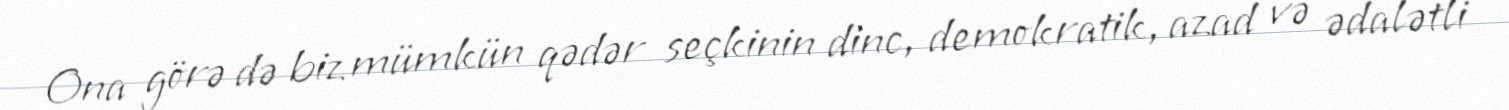
Ona görə də biz mümkün qədər seçkinin dinc, demokratik, azad və ədalətli